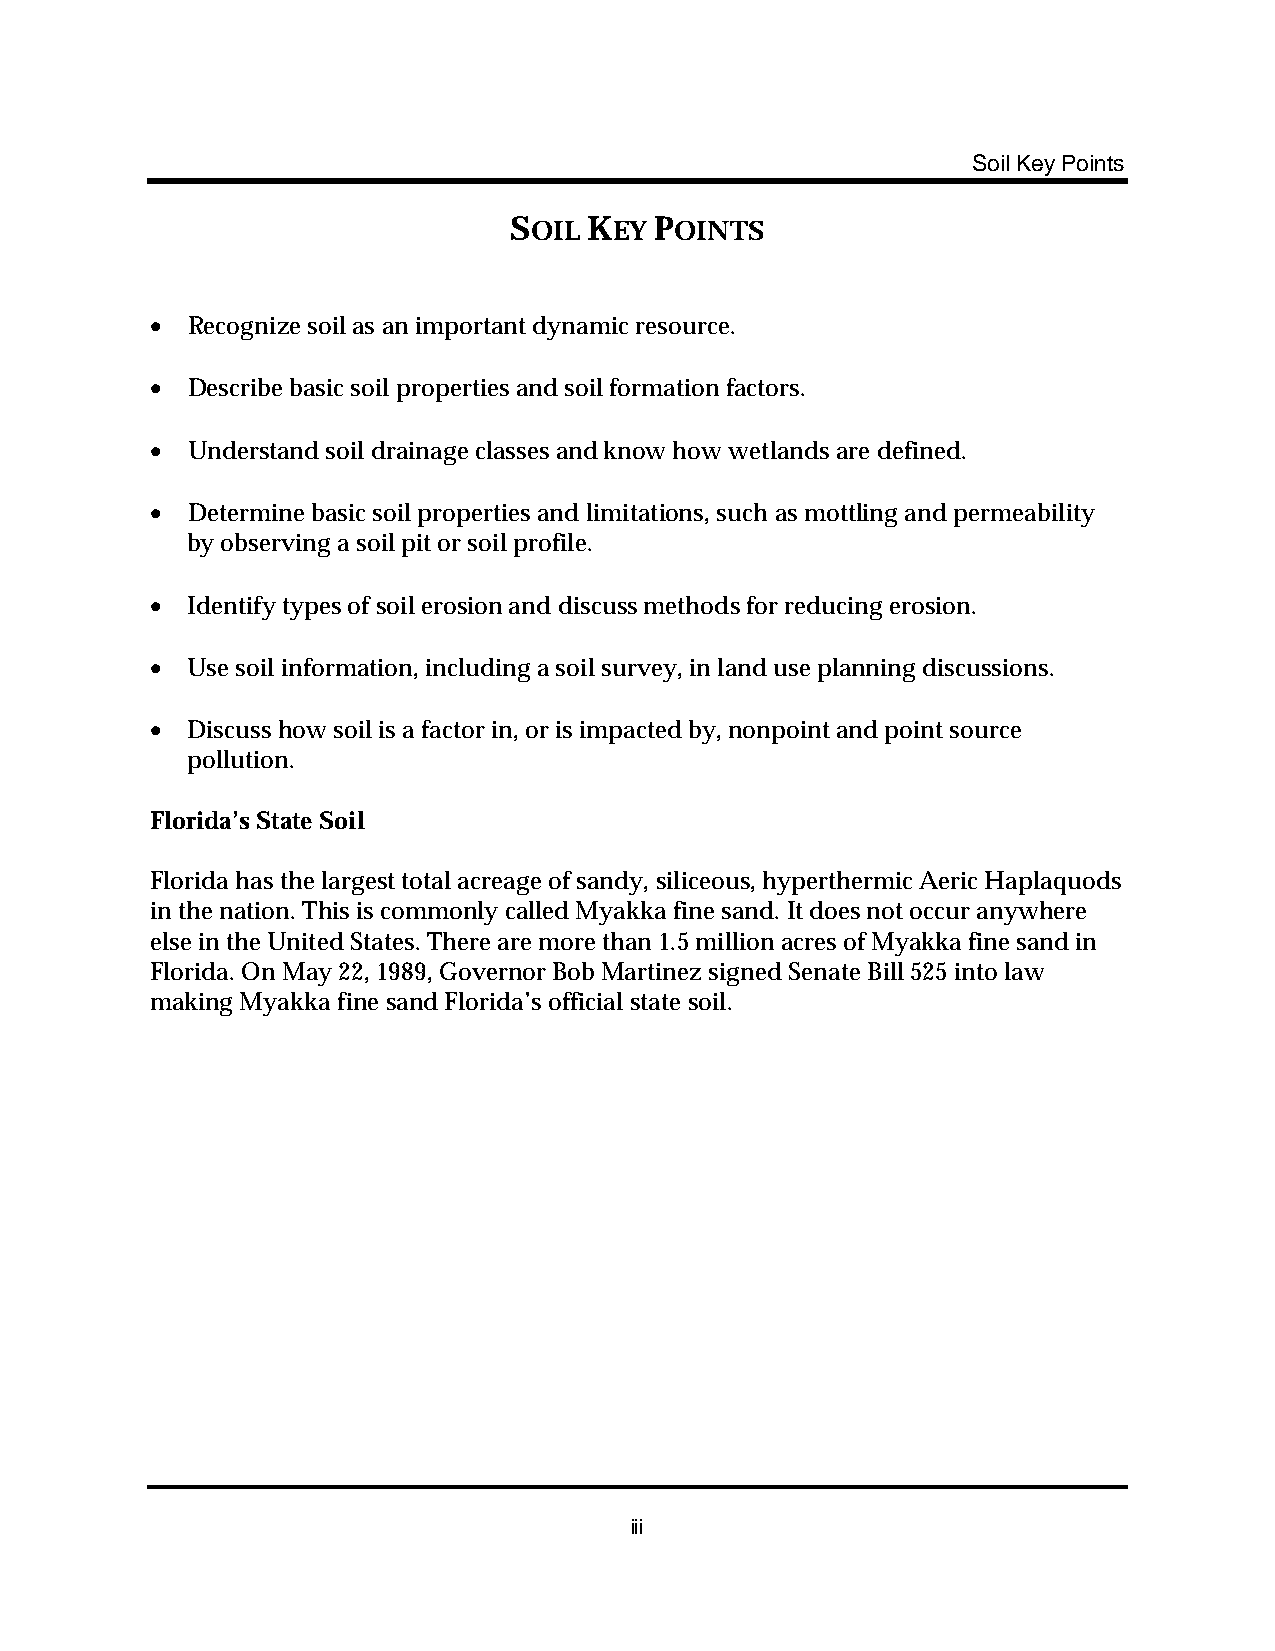
Soil Key Points
 SOIL KEY POINTS
 •
 Recognize soil as an important dynamic resource.
 •
 Describe basic soil properties and soil formation factors.
 •
 Understand soil drainage classes and know how wetlands are defined.
 •
 Determine basic soil properties and limitations, such as mottling and permeability
 by observing a soil pit or soil profile.
 •
 Identify types of soil erosion and discuss methods for reducing erosion.
 •
 Use soil information, including a soil survey, in land use planning discussions.
 •
 Discuss how soil is a factor in, or is impacted by, nonpoint and point source
 pollution.
 Florida’s State Soil
 Florida has the largest total acreage of sandy, siliceous, hyperthermic Aeric Haplaquods
 in the nation. This is commonly called Myakka fine sand. It does not occur anywhere
 else in the United States. There are more than 1.5 million acres of Myakka fine sand in
 Florida. On May 22, 1989, Governor Bob Martinez signed Senate Bill 525 into law
 making Myakka fine sand Florida’s official state soil.
 iii